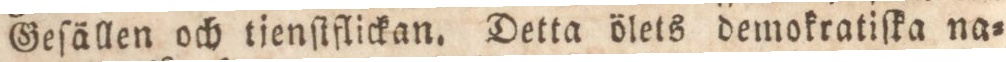
Geſällen och tienſtflickan. Detta ölets demokratiſka na=